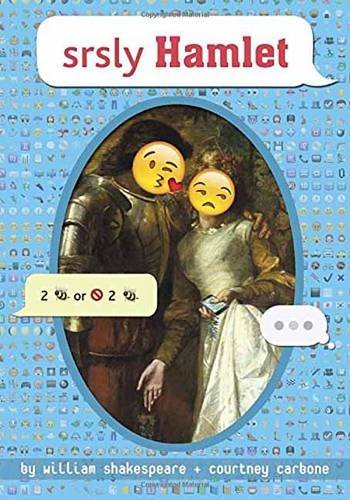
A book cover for srsly Hamlet (OMG Shakespeare); William Shakespeare; Teen & Young Adult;